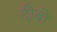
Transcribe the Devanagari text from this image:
दीबो